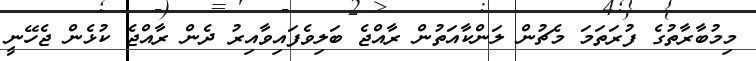
މިމުބާރާތުގެ ފުރަތަމަ މެޗުން ލަންކާއަތުން ރާއްޖެ ބަލިވެފައިވާއިރު ދެން ރާއްޖެ ކުޅެން ޖެހޭނީ